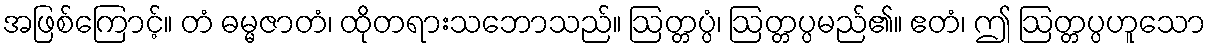
အဖြစ်ကြောင့်။ တံ ဓမ္မဇာတံ၊ ထိုတရားသဘောသည်။ ဩတ္တပ္ပံ၊ ဩတ္တပ္ပမည်၏။ ဧတံ၊ ဤ ဩတ္တပ္ပဟူသော